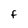
Character: f